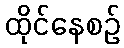
ထိုင်နေစဉ်